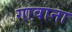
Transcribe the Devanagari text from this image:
गावाना